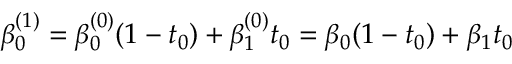
\beta _ { 0 } ^ { ( 1 ) } = \beta _ { 0 } ^ { ( 0 ) } ( 1 - t _ { 0 } ) + \beta _ { 1 } ^ { ( 0 ) } t _ { 0 } = \beta _ { 0 } ( 1 - t _ { 0 } ) + \beta _ { 1 } t _ { 0 }